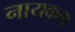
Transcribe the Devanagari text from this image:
नायकम्‌